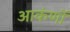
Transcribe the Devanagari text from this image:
आकंणों